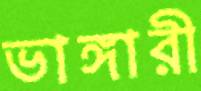
ভাঙ্গারী